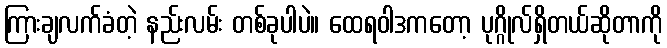
ကြားချလက်ခံတဲ့ နည်းလမ်း တစ်ခုပါပဲ။ ထေရဝါဒကတော့ ပုဂ္ဂိုလ်ရှိတယ်ဆိုတာကို